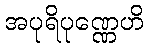
အပုရိပုဏ္ဏေဟိ